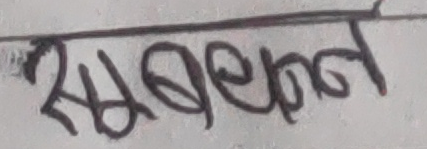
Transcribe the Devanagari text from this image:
सम्बन्धन